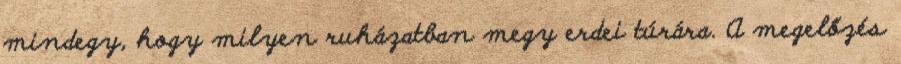
mindegy, hogy milyen ruházatban megy erdei túrára. A megelőzés